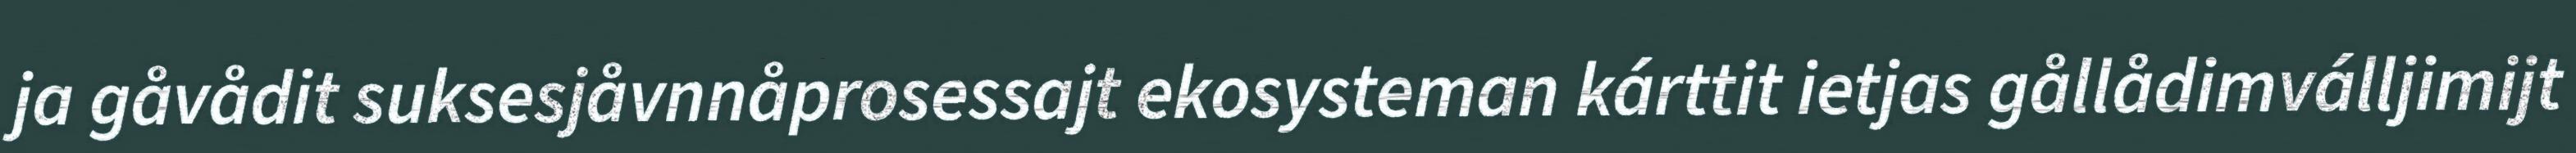
ja gåvådit suksesjåvnnåprosessajt ekosysteman kárttit ietjas gållådimválljimijt